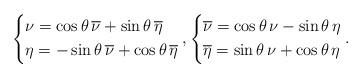
LaTeX: \begin{align*}\begin{dcases*}\nu=\cos\theta\,\overline\nu+\sin\theta\,\overline\eta \\\eta=-\sin\theta\,\overline\nu+\cos\theta\,\overline\eta\end{dcases*}, \begin{dcases*}\overline\nu=\cos\theta\,\nu-\sin\theta\,\eta \\\overline\eta=\sin\theta\,\nu+\cos\theta\,\eta\end{dcases*}.\end{align*}